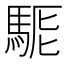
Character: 𩣄